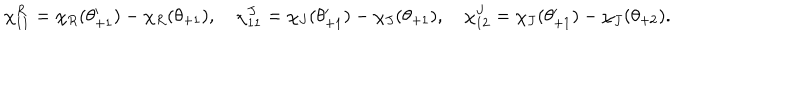
\chi _ { 1 1 } ^ { R } = \chi _ { R } ( \theta _ { + 1 } ^ { \prime } ) - \chi _ { R } ( \theta _ { + 1 } ) , \quad \chi _ { 1 1 } ^ { J } = \chi _ { J } ( \theta _ { + 1 } ^ { \prime } ) - \chi _ { J } ( \theta _ { + 1 } ) , \quad \chi _ { 1 2 } ^ { J } = \chi _ { J } ( \theta _ { + 1 } ^ { \prime } ) - \chi _ { J } ( \theta _ { + 2 } ) .